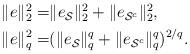
LaTeX: \begin{align*}\begin{aligned}\|e\|_2^2=&\|e_{\mathcal S}\|_2^2+\|e_{\mathcal S^c}\|_2^2,\\\|e\|_{q}^{2}=&(\|e_{\mathcal S}\|_{q}^{q}+\|e_{\mathcal S^c}\|_{q}^{q})^{2/q}.\end{aligned}\end{align*}